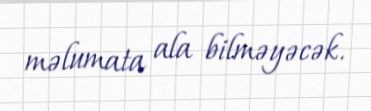
məlumata ala bilməyəcək.